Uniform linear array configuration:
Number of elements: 64
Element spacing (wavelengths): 0.25
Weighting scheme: blackman
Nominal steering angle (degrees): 15
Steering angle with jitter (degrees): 16.184
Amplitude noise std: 0.05
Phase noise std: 0.05

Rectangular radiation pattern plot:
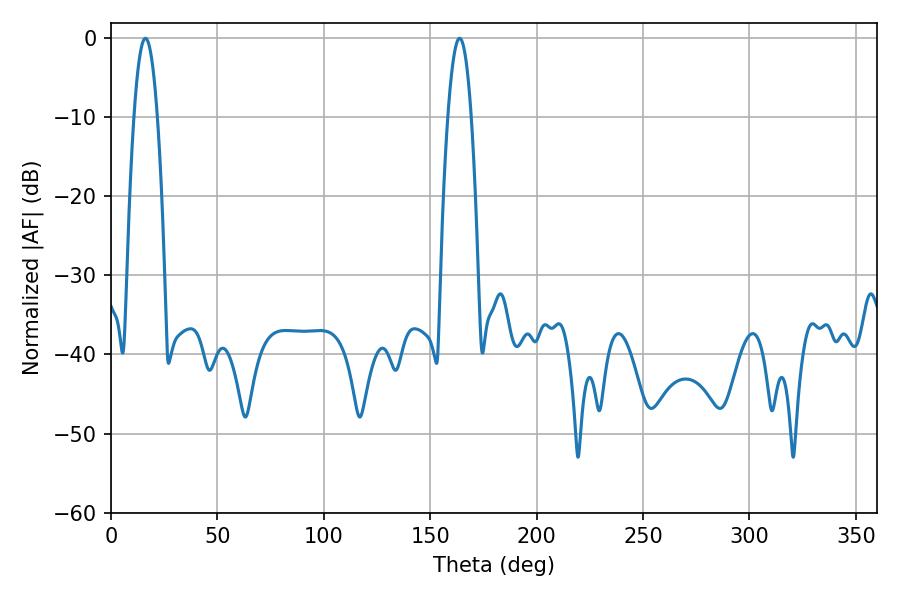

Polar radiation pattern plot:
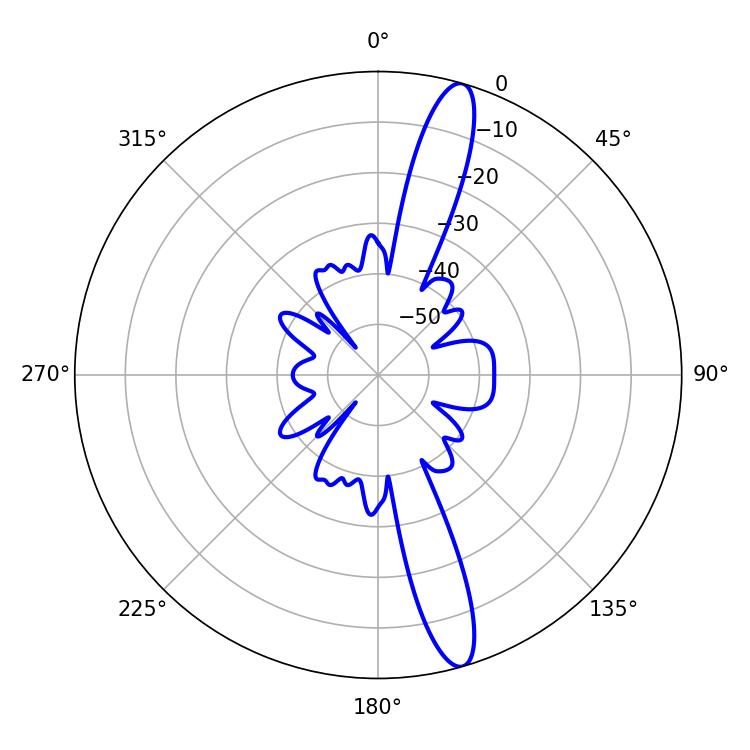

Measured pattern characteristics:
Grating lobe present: FALSE
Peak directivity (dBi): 14.969
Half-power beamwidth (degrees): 6.12
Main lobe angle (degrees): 16.2